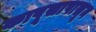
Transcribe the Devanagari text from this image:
कापूसापासून